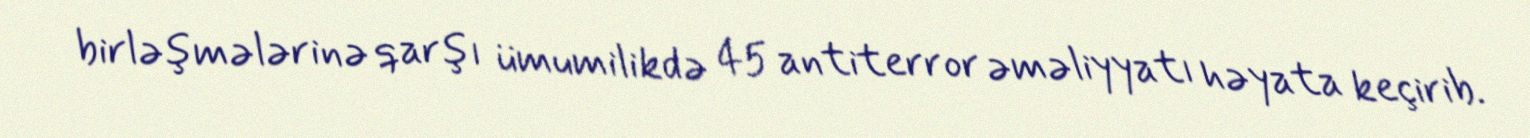
birləşmələrinə qarşı ümumilikdə 45 antiterror əməliyyatı həyata keçirib.